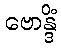
ဗောန္ဒိံ